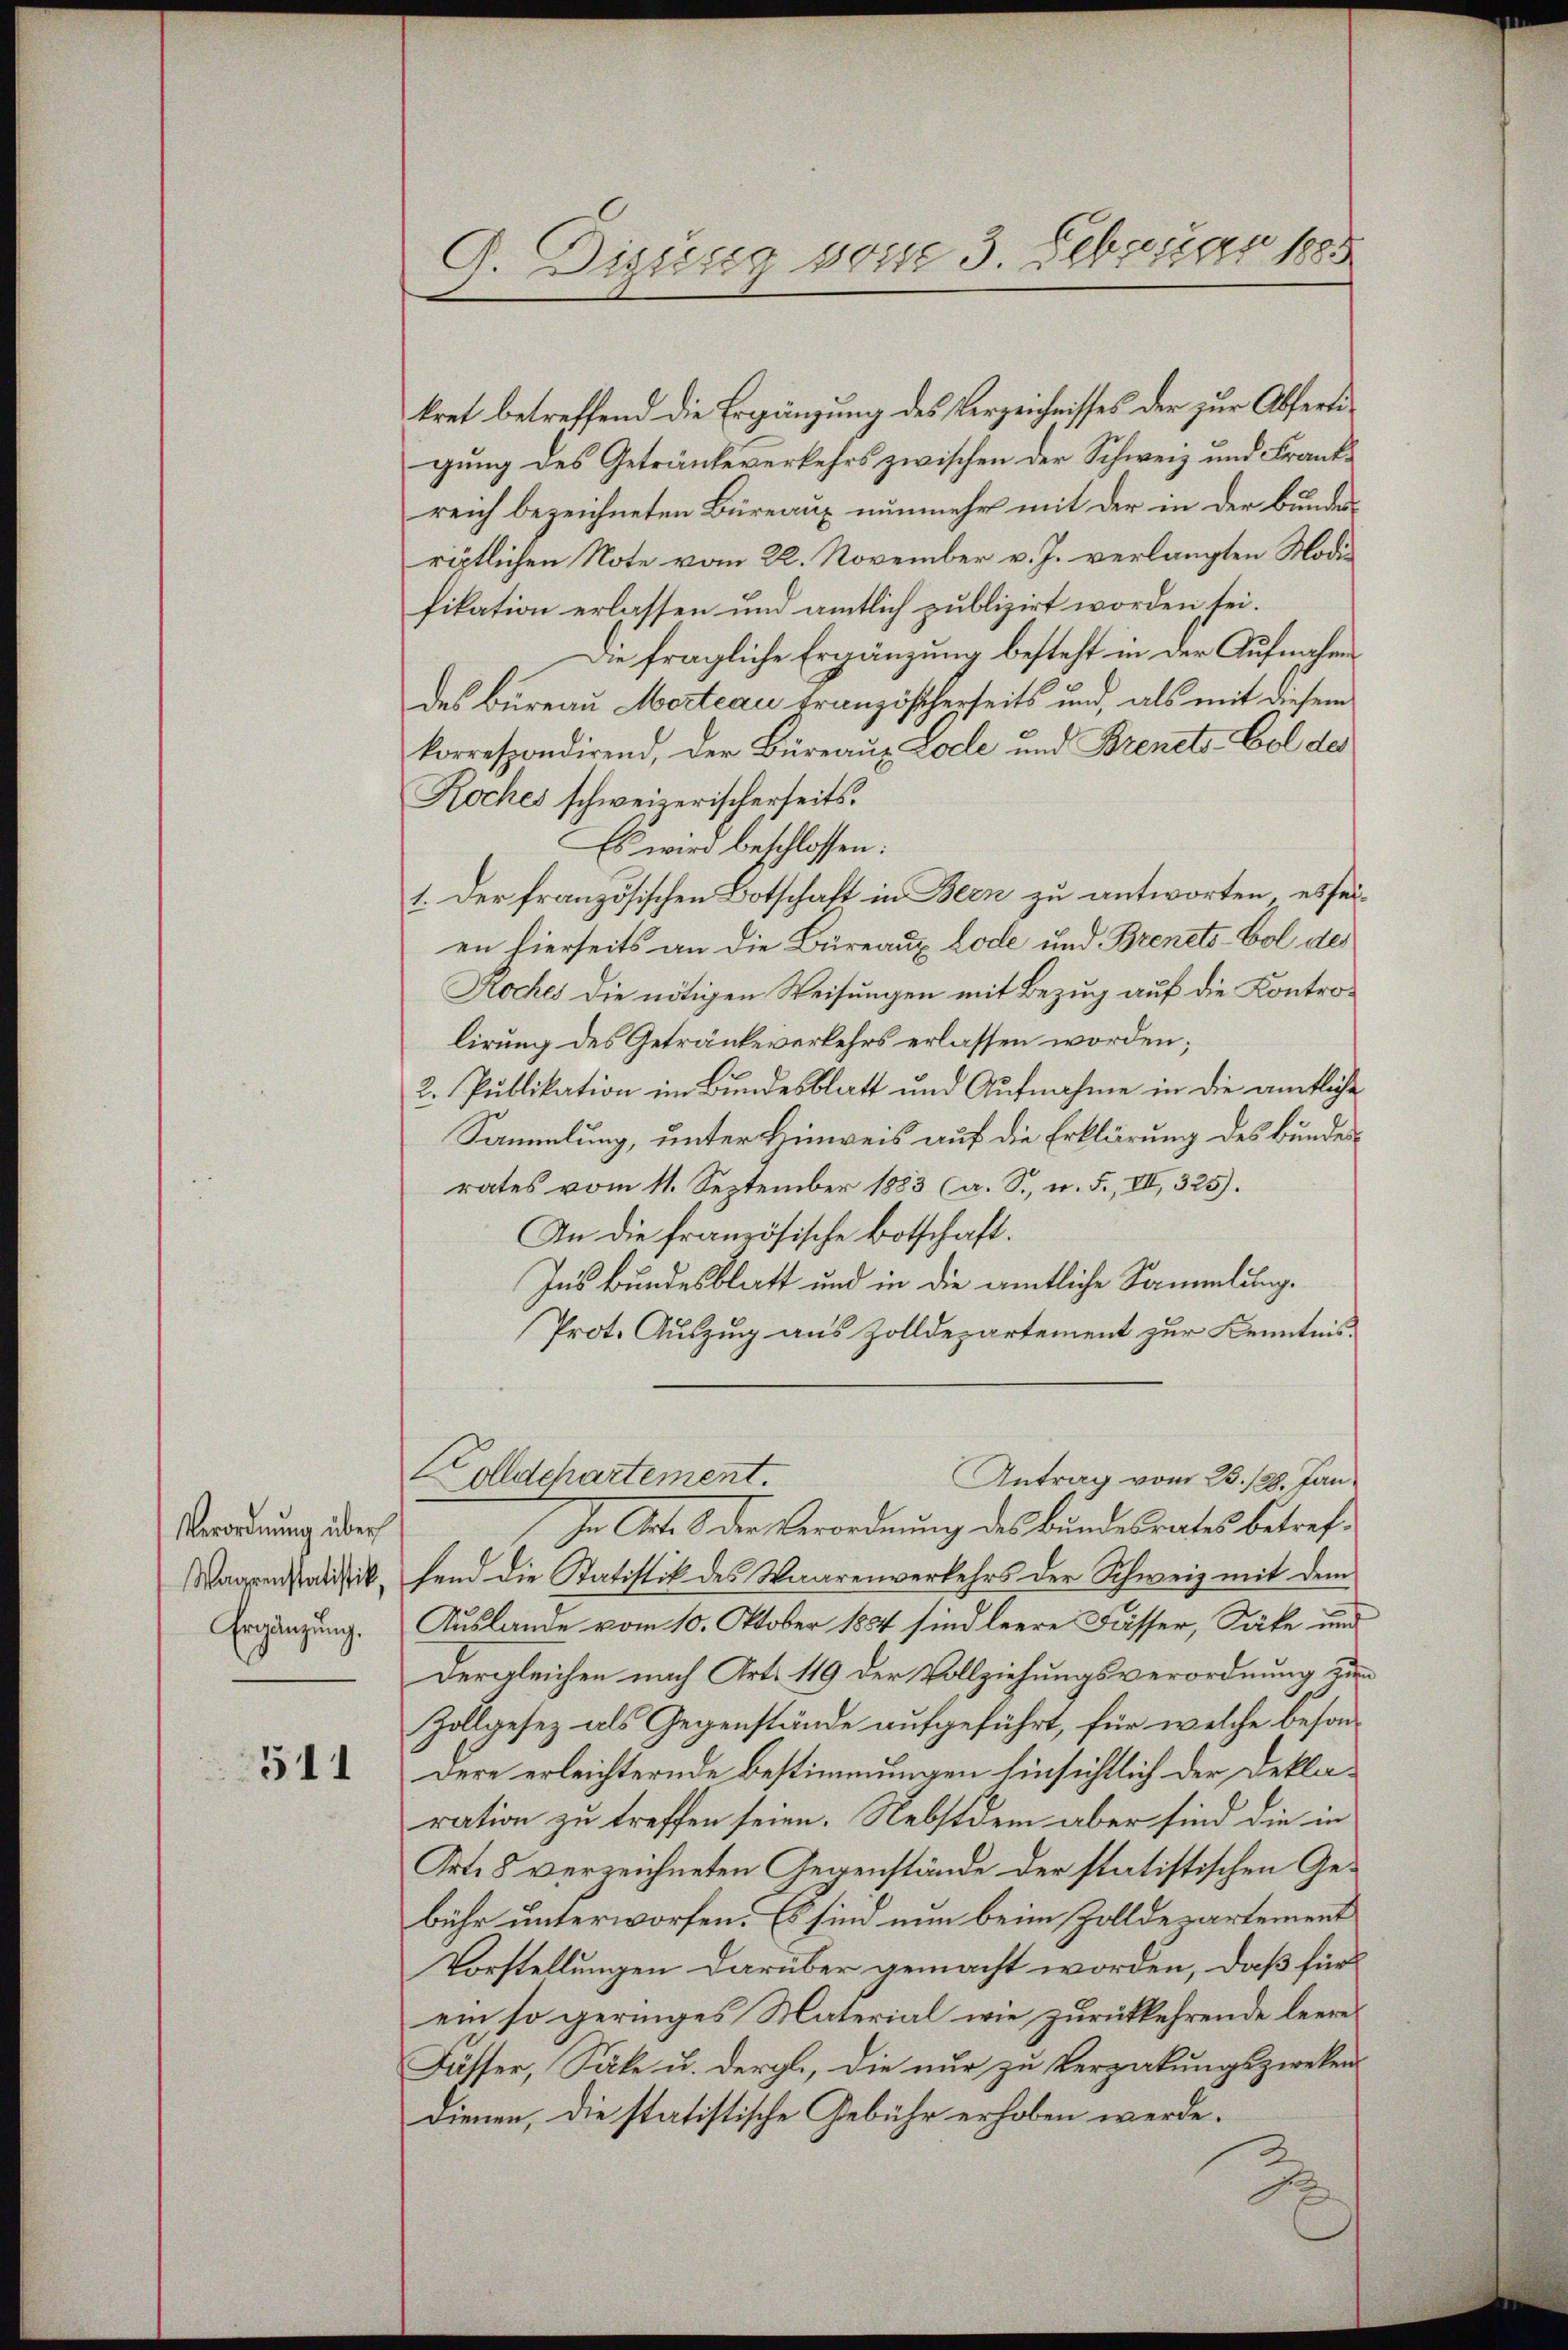
Verordnung über
Waarenstatistik,
Ergänzung.

511

G. Digung vom 3. Februar 1885

kret betreffend die Ergänzung des Verzeichnisses der zur Abfertigung des Getränke verkehrs zwischen der Schweiz und Frankreich bezeichneten Büreaux nunmehr mit der in der Bundes
riptlichen Note vom 22. November v. J. verlangten Modifikation erlassen und amtlich publizirt worden sei.
Die fragliche Ergänzung besteht in der Aufnahme
des Bureau Marteau tranzöscherseits und, als mit diesem
korrespondirend, der Büreaus Loche und Brenets-Col des
Koches schweizerischerseits.
Es wird beschlossen:
1. Der französischen Botschaft in Bern zu antworten, es seien hierseits an die Büreaus Lode und Brenets-Col des
Noches die nötigen Weisungen mit Bezug auf die Kontrolirung des Getränke verkehrs erlassen worden;
2. Publikation im Bundesblatt und Aufnahme in die amtliche
Sammlung, unter Hinweis auf die Erklärung des Bundesrates vom 11. September 1883 (a. S., u. F., III, 325).
An die französische Botschaft.
Ins Bundesblatt und in die amtliche Sammlung.
Prot. Auszug aus Zolldepartement zur Kenntnis.
olldepartement.
Antrag vom 23. 128. Jan.
In Art. 8 der Verordnung des Bundesrates betrefhend die Statistik des Waarenverkehrs der Schweiz mit dem
Auslande vom 10. Oktober 1884 sind leere Fässer, Säke und
Dergleichen nach Art. 119 der Vollziehungsverordnung un
Zollgesez als Gegenstände aufgeführt, für welche besondere erleichternde Bestimmungen hinsichtlich der Deklaration zu treffen seien. Nebstdem aber sind die in
Art. 8 verzeichneten Gegenstände der statistischen Gebühr unterworfen. Es sind nun beim Zolldepartement
Vorstellungen darüber gemacht worden, daß für
ein so geringes Material wie zurückkehrende leere¬
Fässer, Säle u. dergl., die nur zu Vergabungszwekendienen, die statistische Gebühr erhoben werde.